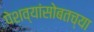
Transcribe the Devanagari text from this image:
पेशव्यांसोबतच्या